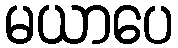
မယာပေ